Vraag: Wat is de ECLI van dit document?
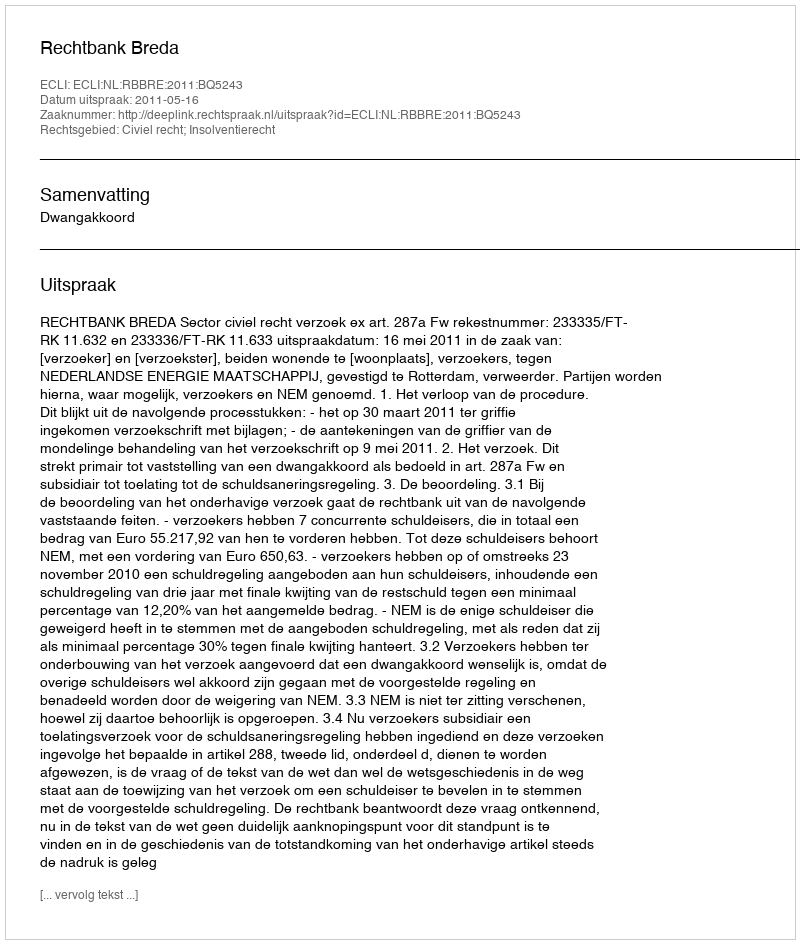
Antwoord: ECLI:NL:RBBRE:2011:BQ5243